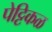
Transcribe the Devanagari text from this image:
पेट्टिकळ